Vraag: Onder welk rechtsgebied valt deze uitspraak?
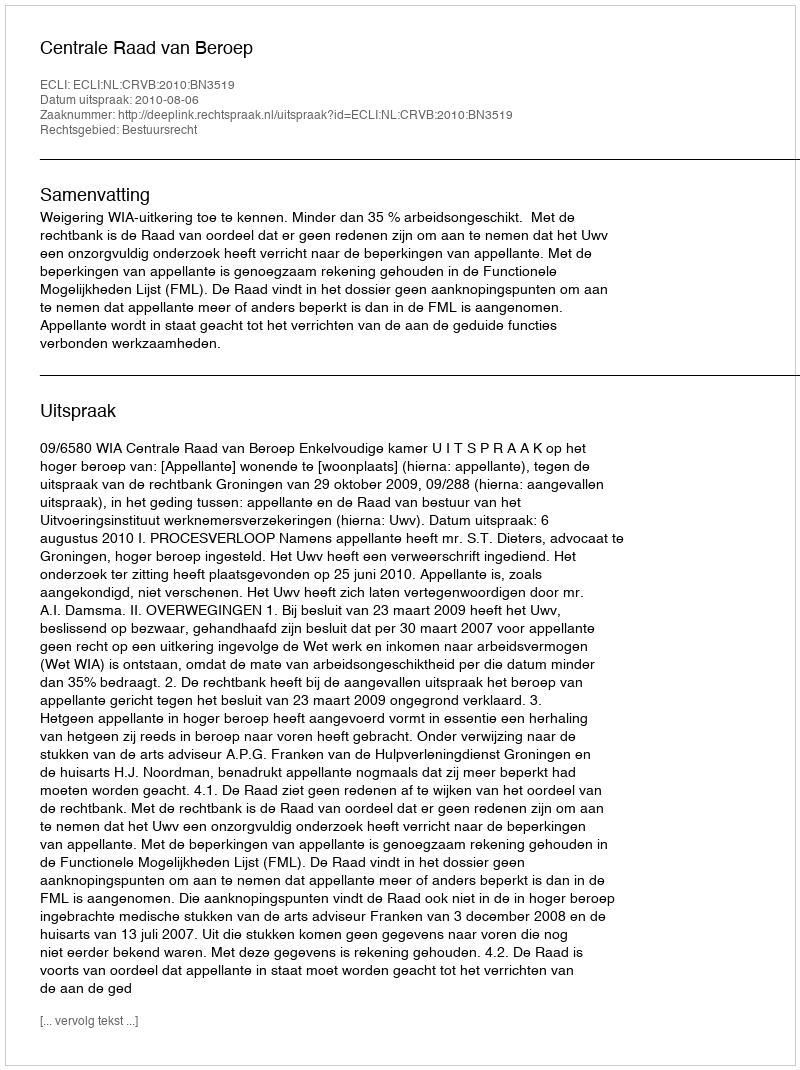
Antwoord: Bestuursrecht